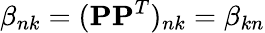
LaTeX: \beta_{nk}=(\mathbf{PP}^{T})_{nk}=\beta_{kn}